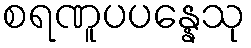
စရဏူပပန္နေသု